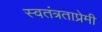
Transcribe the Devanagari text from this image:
स्वतंत्रताप्रेमी